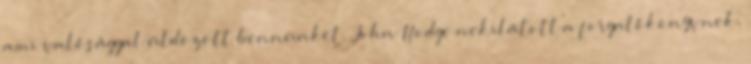
ami valósággal üldözött bennünket. John Hodge nekilátott a forgatókönyvnek,